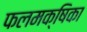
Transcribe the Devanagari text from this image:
फलमक्षिका